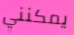
يمكنني